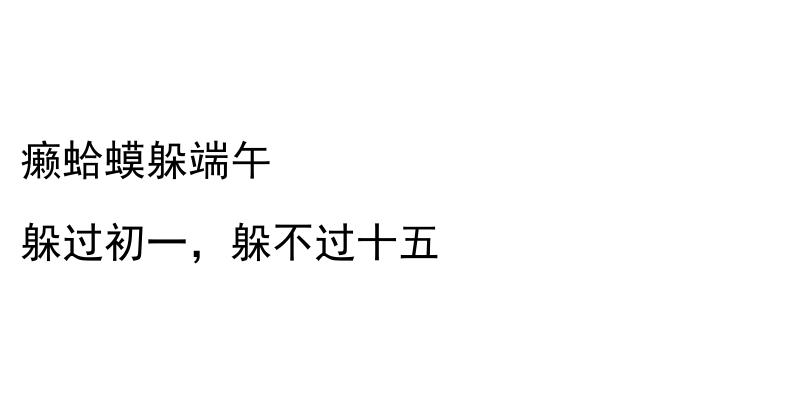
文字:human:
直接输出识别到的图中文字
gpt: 癞蛤蟆躲端午 躲过初一，躲不过十五